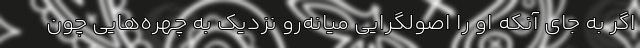
اگر به‌ جای آنکه او را اصولگرایی میانه‌رو نزدیک به چهره‌هایی چون